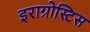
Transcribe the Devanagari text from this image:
इराग्रोस्टिस